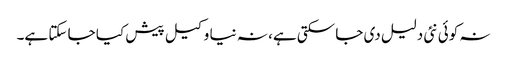
نہ کوئی نئی دلیل دی جا سکتی ہے، نہ نیا وکیل پیش کیا جا سکتا ہے۔